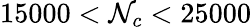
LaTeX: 15000<\mathcal{N}_{c}<25000